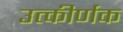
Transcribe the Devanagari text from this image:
उत्कीर्णक